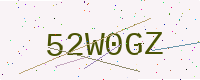
Text: 52W0GZ